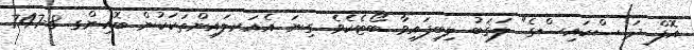
އޮފް ދަ ސްކައިސްގެ" ލަޤަބު ލިބިފައިވާ ބޯޓެކެވެ. ގިނަ އެއަރލައިންތަކަކުން ބޮއިންގ 8-747